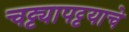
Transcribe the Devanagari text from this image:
चट्ट्यापट्टयाचे